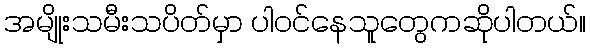
အမျိုးသမီးသပိတ်မှာ ပါဝင်နေသူတွေကဆိုပါတယ်။